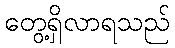
တွေ့ရှိလာရသည်